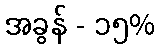
အခွန် - ၁၅%